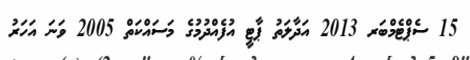
15 ސެޕްޓެމްބަރ 2013 އަދާލަތު ޕާޓީ އުފެއްދުމުގެ މަސައްކަތް 2005 ވަނަ އަހަރު